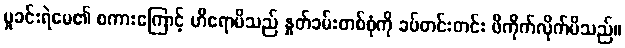
မှုခင်းရဲမေ၏ စကားကြောင့် ဟိရောမိသည် နှုတ်ခမ်းတစ်စုံကို ခပ်တင်းတင်း ဖိကိုက်လိုက်မိသည်။